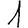
Digit: 1